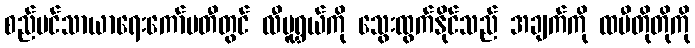
စည်ပင်သာယာရေးကော်မတီတွင် လီမူရွှယ်ကို သွေးထွက်နိုင်သည် အချက်ကို ထမီတိုတိုကို